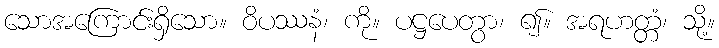
သောအကြောင်းရှိသော။ ဝိပဿနံ၊ ကို။ ပဋ္ဌပေတွာ၊ ၍။ အရဟတ္တံ၊ သို့။